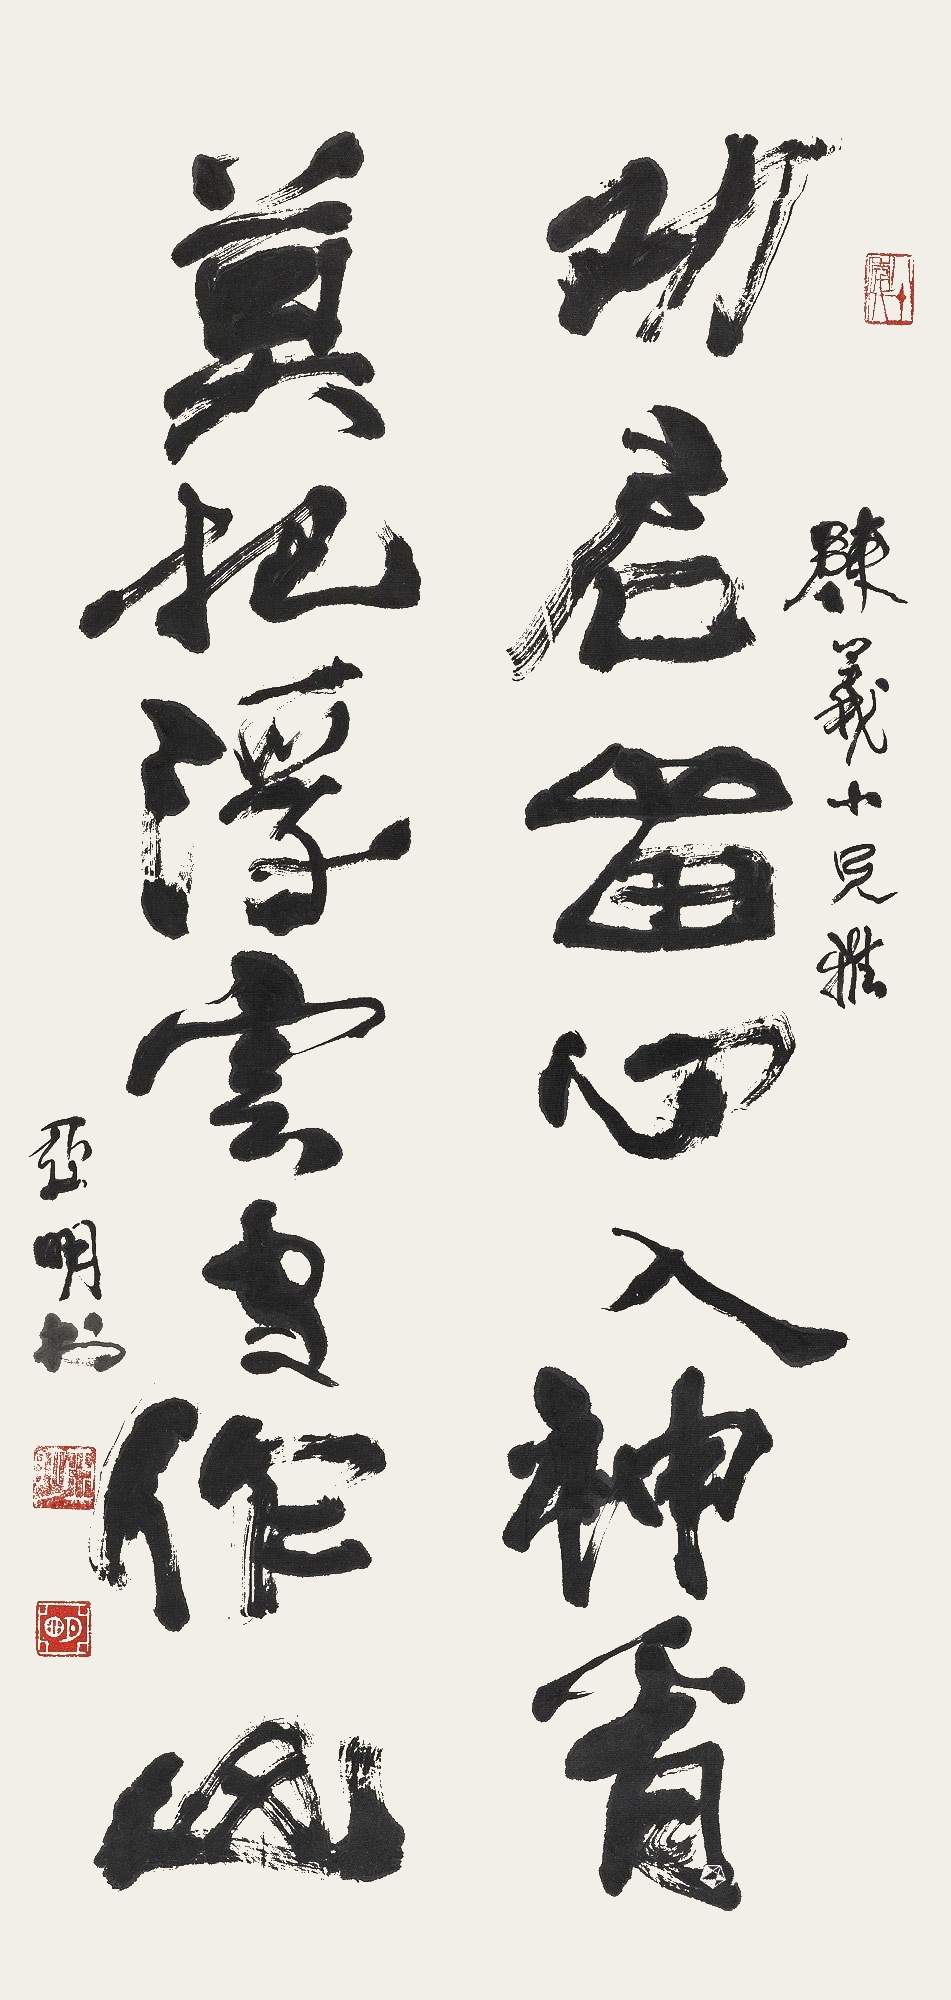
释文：劝君留心入神看，莫把浮云当作山。陈义小兄雅。亚明书。